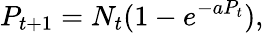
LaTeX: P_{t+1}=N_{t}(1-e^{-aP_{t}}),